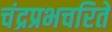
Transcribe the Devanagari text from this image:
चंद्रप्रभचरिते